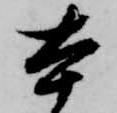
本